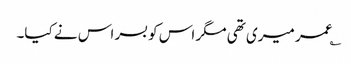
؎عمر میری تھی مگر اس کو بسر اس نے کیا۔